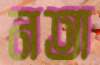
নতা